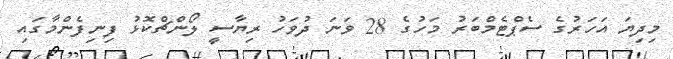
މިދިޔަ އަހަރުގެ ސެޕްޓެމްބަރު މަހުގެ 28 ވަނަ ދުވަހު ރިޔާސީ ލޯންޗްކޮޅު ފިނިފެންމާގައި